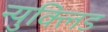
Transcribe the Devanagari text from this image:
न्युक्लिड